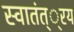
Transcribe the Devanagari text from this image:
स्वातंत््रय